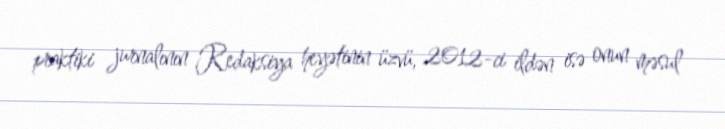
praktiki jurnalının Redaksiya heyətinin üzvü, 2012-ci ildən isə onun məsul